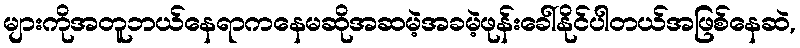
များကိုအတူဘယ်နေရာကနေမဆိုအဆမဲ့အခမဲ့ဖုန်းခေါ်နိုင်ပါတယ်အဖြစ်နေဆဲ,